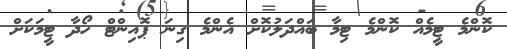
ކޮންމެ ޓީމެއް ކޮންމެ ޓިމާ ބައްދަލުކޮށް އެންމެ ގިނަ ޕޮއިންޓް ހޯދާ ޓީމަކަށް